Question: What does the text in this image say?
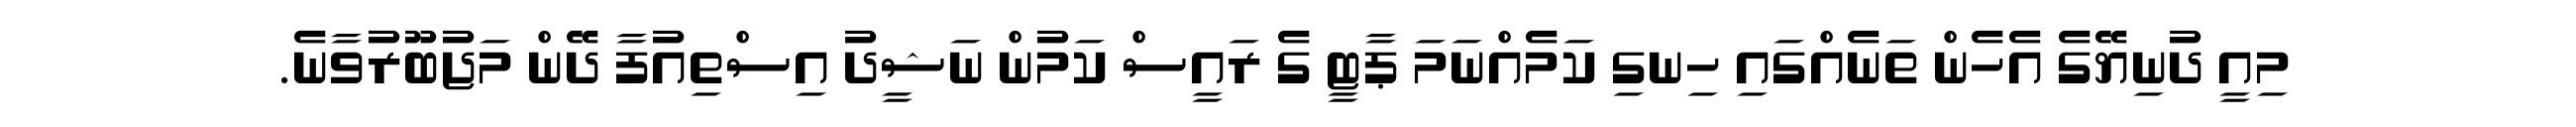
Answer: މިއީ ދުނިޔޭގެ އެހެން ތަނެއްގައި ހިނގި ކަމެއްނަމަ ޕާޓީ ގެ ރައީސް ކަމުން ނަޝީދު އިސްތިއުފާ ދޭން މަޖުބޫރުވާނެ.